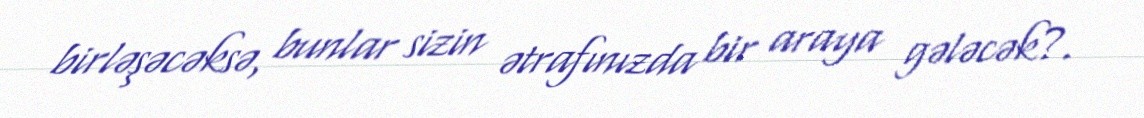
birləşəcəksə, bunlar sizin ətrafınızda bir araya gələcək?.